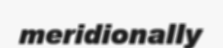
meridionally